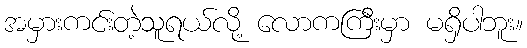
အမှားကင်းတဲ့သူရယ်လို့ လောကကြီးမှာ မရှိပါဘူး။